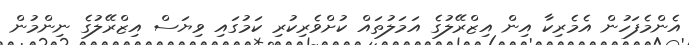
އެންމެފަހުން އެމެރިކާ އިން އިޒްރޭލުގެ އަމަލުތައް ކުށްވެރިކުރި ކަމުގައި ވިޔަސް އިޒްރޭލުގެ ނިންމުން